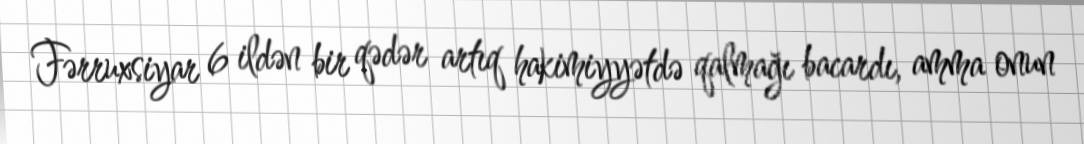
Fərruxsiyar 6 ildən bir qədər artıq hakimiyyətdə qalmağı bacardı, amma onun